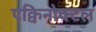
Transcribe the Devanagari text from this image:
एक्विनोक्टल